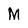
Character: M